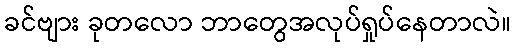
ခင်ဗျား ခုတလော ဘာတွေအလုပ်ရှုပ်နေတာလဲ။